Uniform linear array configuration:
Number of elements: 12
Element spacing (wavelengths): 0.5
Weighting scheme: hann
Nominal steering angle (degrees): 0
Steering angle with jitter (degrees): -0.3303
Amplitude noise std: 0.05
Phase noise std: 0.05

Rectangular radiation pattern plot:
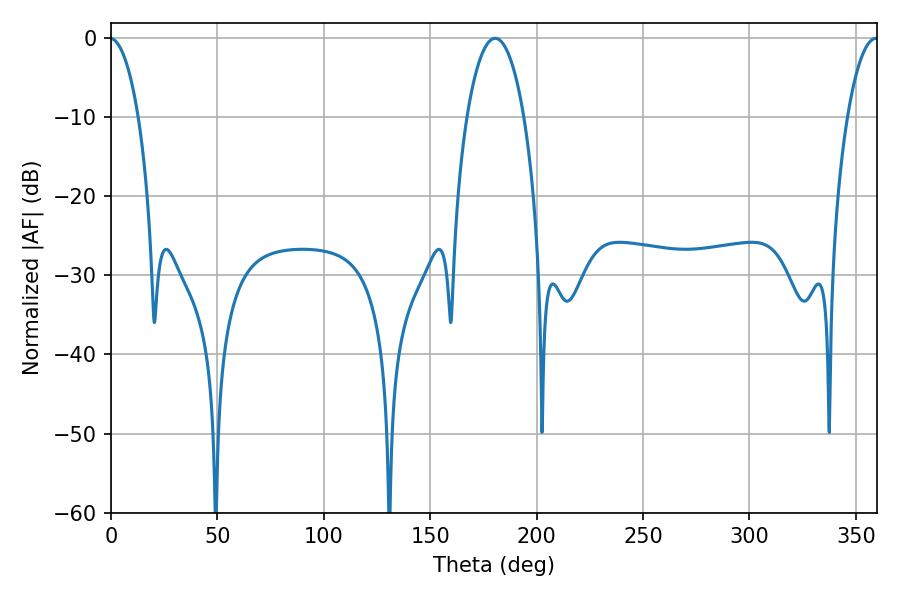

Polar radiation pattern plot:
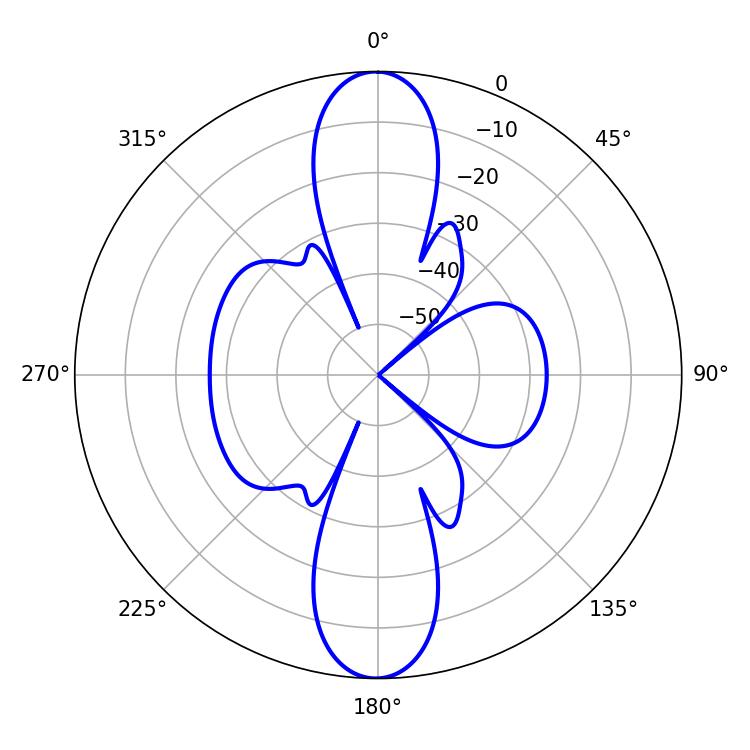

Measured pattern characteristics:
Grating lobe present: FALSE
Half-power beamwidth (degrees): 15.12
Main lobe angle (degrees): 180.54